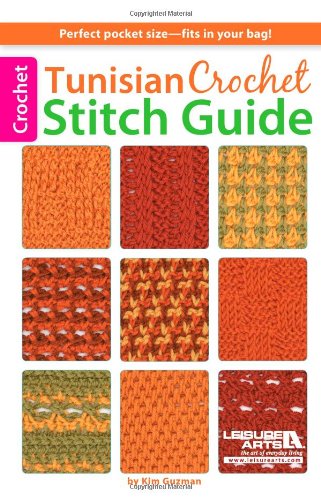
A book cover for Tunisian Crochet Stitch Guide; Kim Guzman; Crafts, Hobbies & Home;